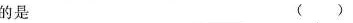
的是 ( )